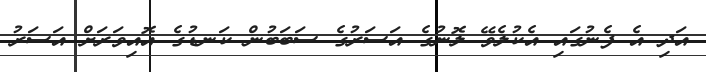
އަދި އެ ފެނުގައި އެކުލެވޭ ލޮނުގެ އަސަރުގެ ސަބަބުން ކަނޑުގެ އޮއިވަރަށް އަސަރު